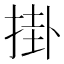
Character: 掛